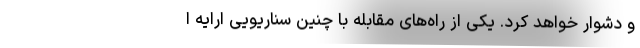
و دشوار خواهد کرد. یکی از راه‌های مقابله با چنین سناریویی ارایه ا